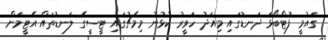
ގައުމީ ފުޓްބޯޅަ ދަނޑުގައި މިއަދު ހަވީރު ކުޅުނު މިމެޗުގައި ޓީސީގެ ލަނޑުތައް އެޓީމަށް